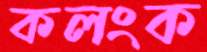
কলংক